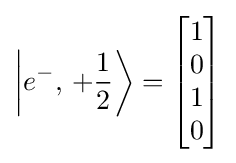
\left|e^{-},\,+{\frac {1}{2}}\right\rangle ={\begin{bmatrix}1\\0\\1\\0\end{bmatrix}}